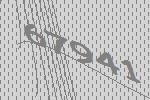
67941